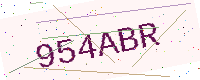
Text: 954ABR